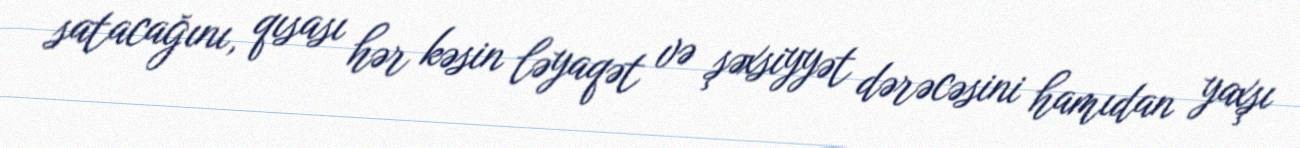
satacağını, qısası hər kəsin ləyaqət və şəxsiyyət dərəcəsini hamıdan yaxşı